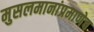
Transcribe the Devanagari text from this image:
मुसलमानांप्रमाणेच